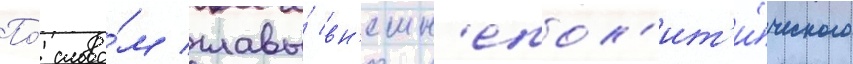
По́ слова́м главы́ вн'ешн'епол'ит'и́ческого